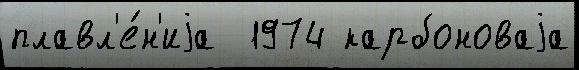
плавл'е́н'иjа  1974 карбоноваjа